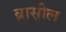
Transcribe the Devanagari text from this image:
ब्रास़ील